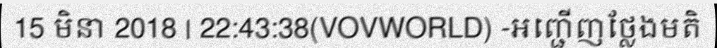
15 មិនា 2018 | 22:43:38(VOVWORLD) -អញ្ជើញថ្លែងមតិ